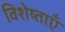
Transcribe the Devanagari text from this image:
विशेष्ताएँ